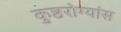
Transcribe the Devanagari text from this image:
कुष्ठरोग्यांस